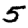
Digit: 5